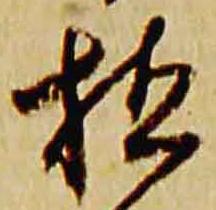
植